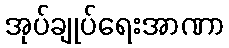
အုပ်ချုပ်ရေးအာဏာ